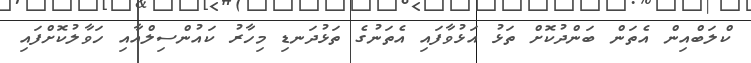
ކްލަބްއިން އެތަން ބަންދުކޮށް ތަޅު އަޅުވާފައި އެތަނުގެ ތަޅުދަނޑި މިހާރު ކައުންސިލްއާއި ހަވާލުކޮށްފައި